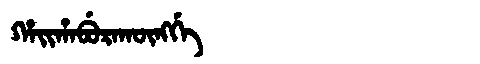
Manchu: ᡥᠠᡳᡥᠠᠪᡠᡵᠠᡴᡡᠩᡤᡝ
Romanization: HAIHABURAKŪNGGE